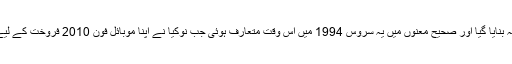
سب سے پہلے تو اس فیچر کو جی ایس ایم اسٹینڈرڈ کا حصہ بنایا گیا اور صحیح معنوں میں یہ سروس 1994 میں اس وقت متعارف ہوئی جب نوکیا نے اپنا موبائل فون 2010 فروخت کے لیے پیش کیا جس میں آسانی سے پیغام تحریر کرنا ممکن تھا۔